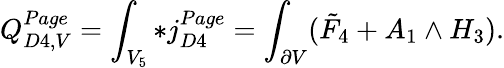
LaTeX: Q_{D4,V}^{Page}=\int_{V_{5}}*j_{D4}^{Page}=\int_{\partial V}(\tilde{F}_{4}+A_{1}\wedge H_{3}).